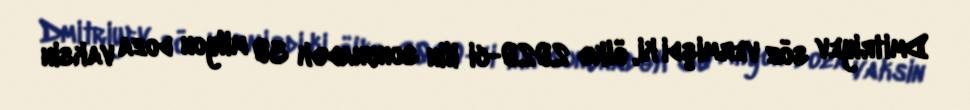
Dmitriyev söz vermişdi ki, ölkə 2020-ci ilin sonunadək 30 milyon doza vaksin